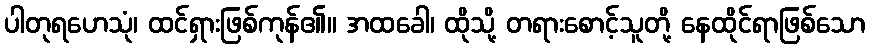
ပါတုရဟေသုံ၊ ထင်ရှားဖြစ်ကုန်၏။ အထခေါ၊ ထိုသို့ တရားစောင့်သူတို့ နေထိုင်ရာဖြစ်သော